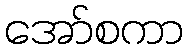
အော်စကာ